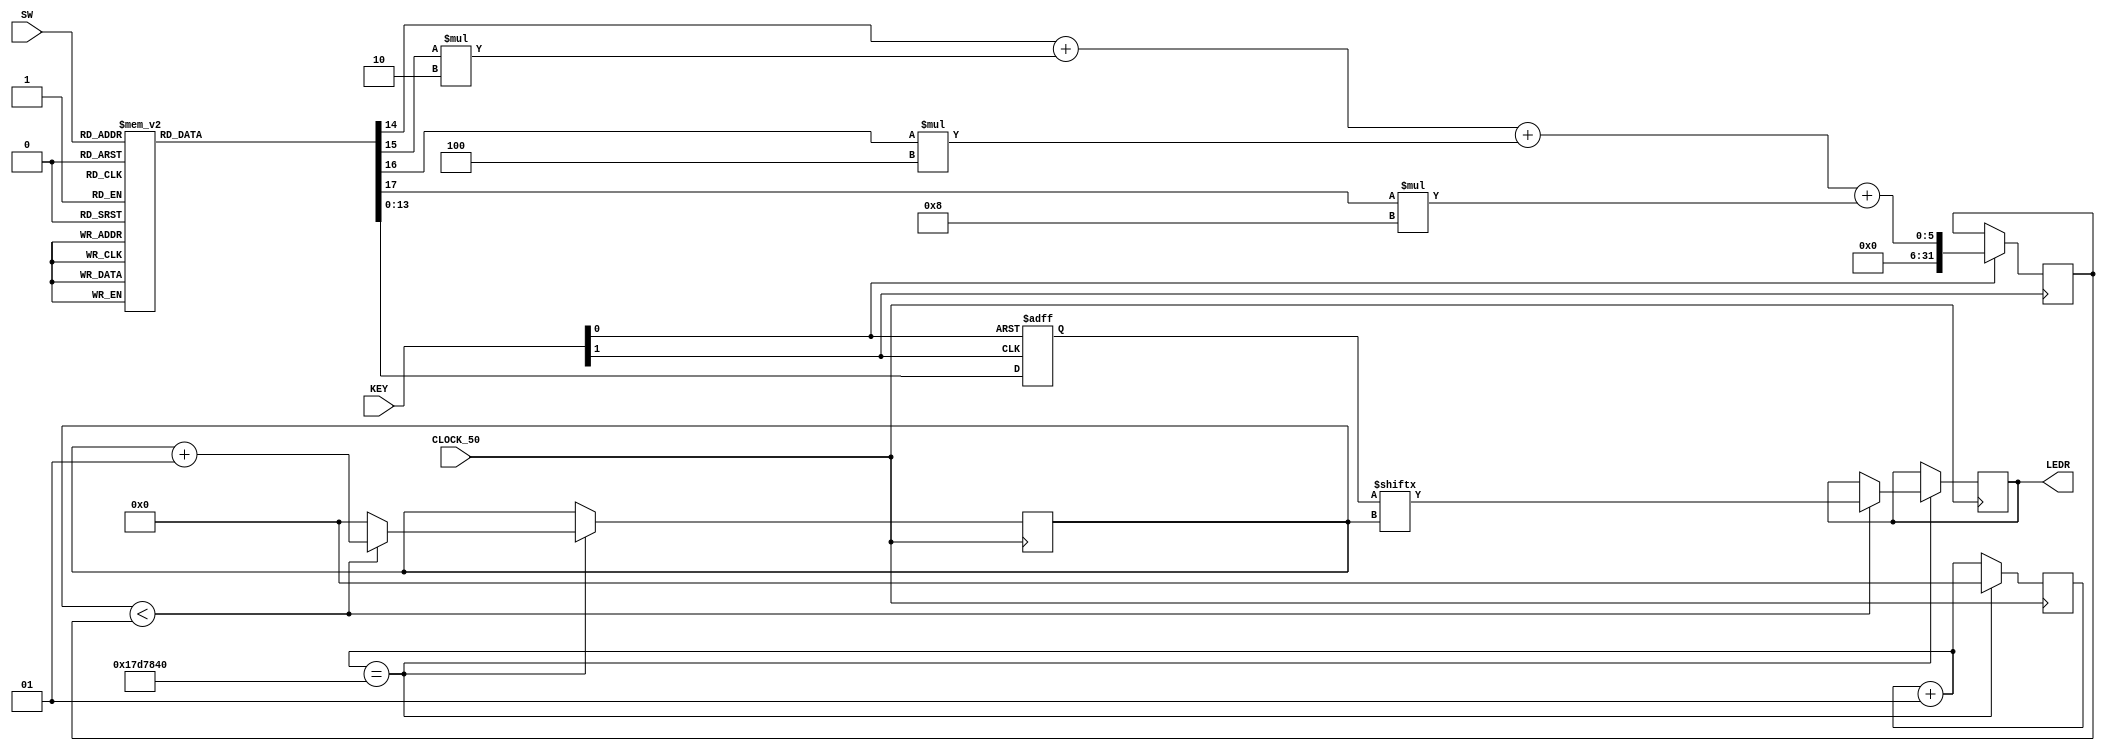
module Part4(input [2:0]SW, input [1:0]KEY, input CLOCK_50, output reg [0:0]LEDR);

	wire Reset = KEY[0];
	wire Change = KEY[1];
	wire Clock = CLOCK_50;
	wire [2:0] Switch = SW;
	integer timer = 0, i = 0, limit;
	
	parameter Q = 14'b01110101110111, R = 14'b01011101, S = 14'b010101, T = 14'b0111, U = 14'b01110101, V = 14'b0111010101, W = 14'b0111011101, X = 14'b011101010111;
	
	parameter C_Q = 4'b1110, C_R = 4'b1000, C_S = 4'b110, C_T = 4'b100, C_U = 4'b1000, C_V = 4'b1010, C_W = 4'b1010, C_X = 4'b1100;
	
	reg [13:0] display;
	reg [3:0] count;
	
	parameter A = 3'b0, B = 3'b1, C = 3'b010, D = 3'b011, E = 3'b100, F = 3'b101, G = 3'b110, H = 3'b111;
		
	always@(negedge Reset, negedge Change)
		if(!Reset)
			begin
				display = 0;
				count = 0;
			end
		else
		begin
			case(Switch)
				A: begin display = Q; count = C_Q; end
				B: begin display = R; count = C_R; end
				C: begin display = S; count = C_S; end
				D: begin display = T; count = C_T; end
				E: begin display = U; count = C_U; end
				F: begin display = V; count = C_V; end
				G: begin display = W; count = C_W; end
				H: begin display = X; count = C_X; end
			endcase
			limit = (count[0] + (count[1] * 2) + (count[2] * 4) + (count[3] * 8));
		end
	
	always@(posedge Clock)
		begin
			timer = timer + 1;
			if(timer == 25000000)
				begin
					if(i < limit)
					begin
						LEDR[0] = display[i];
						i = i + 1;
					end
					else
						i = 0;
					timer = 0;
				end	
		end
		
endmodule